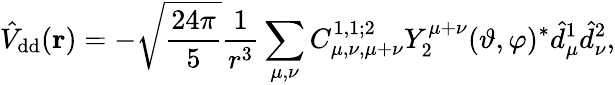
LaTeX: \hat{V}_{\mathrm{dd}}(\mathbf{r})=-\sqrt{\frac{24\pi}{5}}\frac{1}{r^{3}}\sum_{\mu,\nu}C_{\mu,\nu,\mu+\nu}^{1,1;2}Y_{2}^{\mu+\nu}(\vartheta,\varphi)^{*}\hat{d}_{\mu}^{1}\hat{d}_{\nu}^{2},